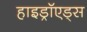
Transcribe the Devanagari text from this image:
हाइड्रॉएड्स